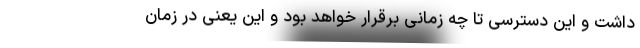
داشت و این دسترسی تا چه زمانی برقرار خواهد بود و این یعنی در زمان